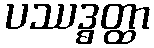
ပဿဒ္ဓတ္ထာ